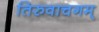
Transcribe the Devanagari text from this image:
तिरुवाचगम्‌